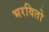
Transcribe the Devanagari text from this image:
भरवितो